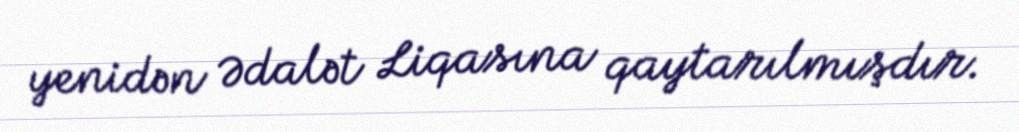
yenidən Ədalət Liqasına qaytarılmışdır.